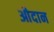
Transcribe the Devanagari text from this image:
औदान